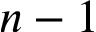
n - 1